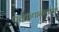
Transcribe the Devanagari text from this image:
पूर्वकथानात्मक